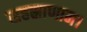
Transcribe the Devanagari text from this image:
सहस्राणाम।